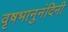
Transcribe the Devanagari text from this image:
वृषभानुनंदिनी